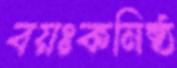
বয়ঃকনিষ্ঠ